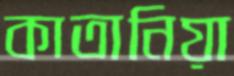
কাতানিয়া